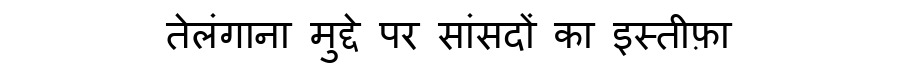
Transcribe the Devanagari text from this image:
तेलंगाना मुद्दे पर सांसदों का इस्तीफ़ा